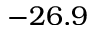
- 2 6 . 9